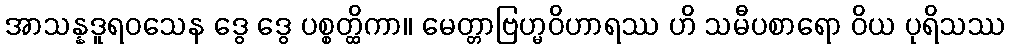
အာသန္နဒူရဝသေန ဒွေ ဒွေ ပစ္စတ္ထိကာ။ မေတ္တာဗြဟ္မဝိဟာရဿ ဟိ သမီပစာရော ဝိယ ပုရိသဿ